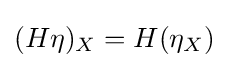
(H\eta )_{X}=H(\eta _{X})